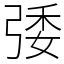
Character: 㢻